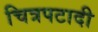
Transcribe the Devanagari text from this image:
चित्रपटादी